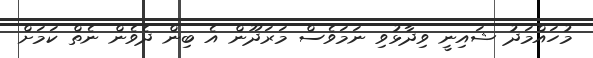
މުހައްމަދު ޝައިނީ ވިދާޅުވި ނަމަވެސް މަރަދޫން އެ ބިން ދެވެން ނެތް ކަމަށް